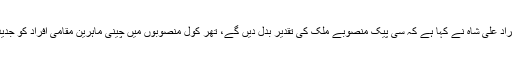
وزیر اعلی سندھ سید مراد علی شاہ نے کہا ہے کہ سی پیک منصوبے ملک کی تقدیر بدل دیں گے، تھر کول منصوبوں میں چینی ماہرین مقامی افراد کو جدید تربیت دے رہے ہیں۔